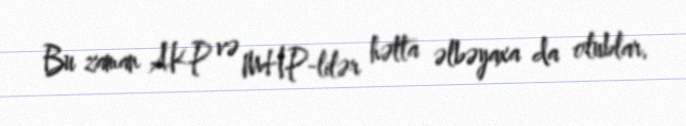
Bu zaman AKP və MHP-lilər hətta əlbəyaxa da olublar.